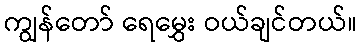
ကျွန်တော် ရေမွှေး ဝယ်ချင်တယ်။